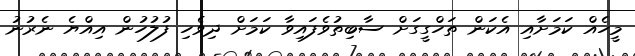
މީހެއް ކަމަށާއި އެކަން ތަހްގީގަށް ސާބިތުވެފައިވާ ކަމަށް ދިވެހި ފުލުހުން އިއްޔެ ނެރުނު